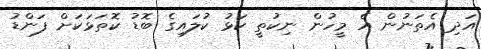
އަދި އެތަނުން އެ މީހުން ނިކުތީ ކަޅު ކުލައިގެ ބޮޑު ކޮތަޅަކަށް ފަންޑު